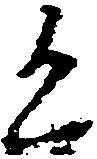
進